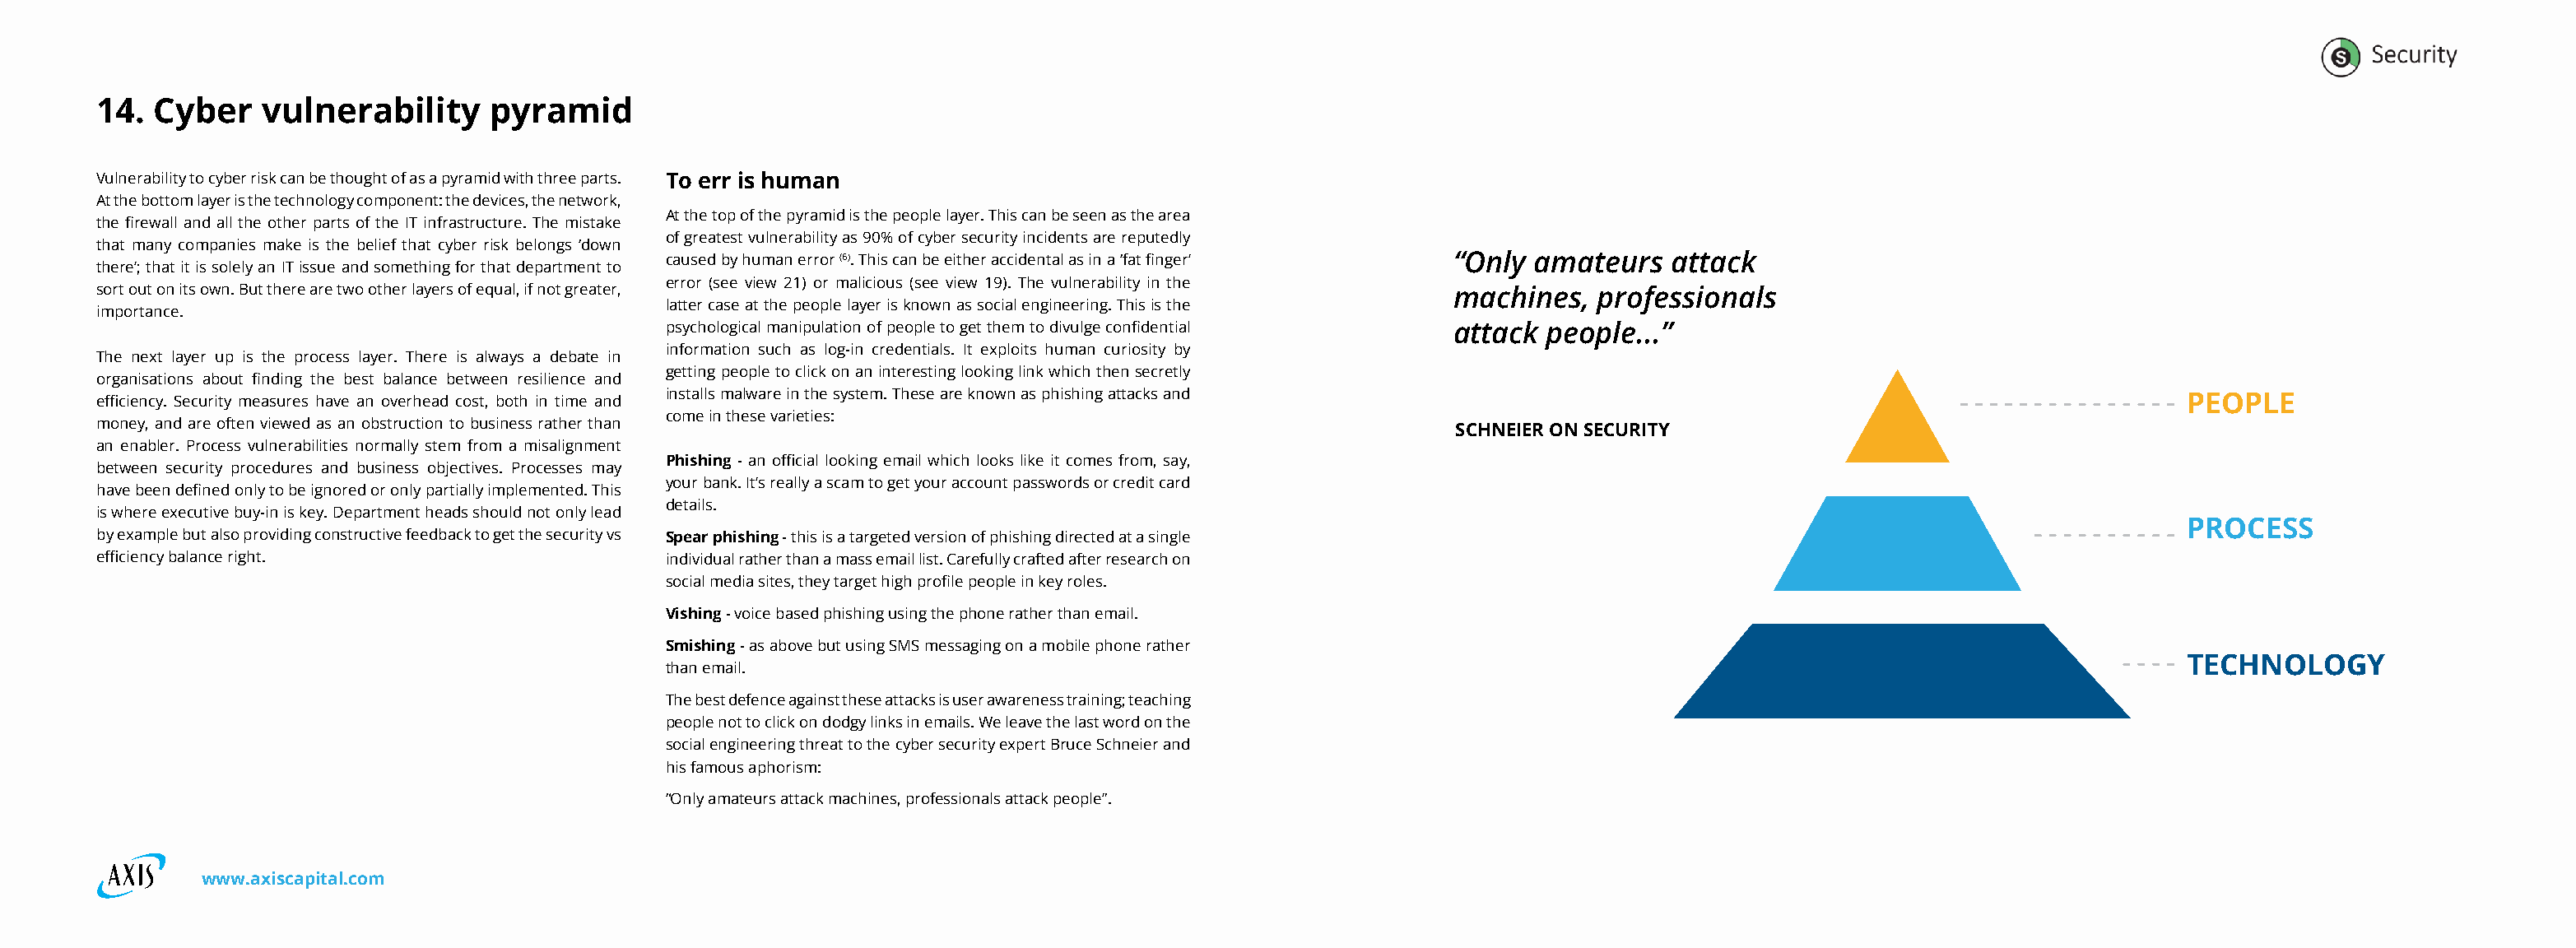
14. Cyber    vulnerability     pyramid
 Vulnerability to cyber risk can be thought of as a pyramid with three parts. To err is human
 At the bottom layer is the technology component: the devices, the network,
 At the top of the pyramid is the people layer. This can be seen as the area
 the firewall and all the other parts of the IT infrastructure. The mistake
 of greatest vulnerability as 90% of cyber security incidents are reputedly
 that many companies make is the belief that cyber risk belongs ‘down
 caused by human error (6). This can be either accidental as in a ‘fat finger’ “Only amateurs attack
 there’; that it is solely an IT issue and something for that department to
 error (see view 21) or malicious (see view 19). The vulnerability in the
 sort out on its own. But there are two other layers of equal, if not greater,                                machines,   professionals
 latter case at the people layer is known as social engineering. This is the
 importance.
 psychological manipulation of people to get them to divulge confidential attack people...”
 information such as log-in credentials. It exploits human curiosity by
 The next layer up is the process layer. There is always a debate in
 getting people to click on an interesting looking link which then secretly
 organisations about finding the best balance between resilience and
 efficiency. Security measures have an overhead cost, both in time and installs malware in the system. These are known as phishing attacks and                           PEOPLE
 come in these varieties:
 money, and are often viewed as an obstruction to business rather than
 SCHNEIER ON SECURITY
 an enabler. Process vulnerabilities normally stem from a misalignment
 Phishing - an official looking email which looks like it comes from, say,
 between security procedures and business objectives. Processes may
 your bank. It’s really a scam to get your account passwords or credit card
 have been defined only to be ignored or only partially implemented. This
 details.
 is where executive buy-in is key. Department heads should not only lead
 PROCESS
 by example but also providing constructive feedback to get the security vs Spear phishing - this is a targeted version of phishing directed at a single
 efficiency balance right.                     individual rather than a mass email list. Carefully crafted after research on
 social media sites, they target high profile people in key roles.
 Vishing - voice based phishing using the phone rather than email.
 Smishing - as above but using SMS messaging on a mobile phone rather
 TECHNOLOGY
 than email.
 The best defence against these attacks is user awareness training; teaching
 people not to click on dodgy links in emails. We leave the last word on the
 social engineering threat to the cyber security expert Bruce Schneier and
 his famous aphorism:
 “Only amateurs attack machines, professionals attack people”.
 www.axiscapital.com